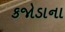
કજોડાના